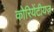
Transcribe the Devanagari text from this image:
कोरियेंटीयज़